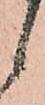
候